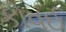
કોવઈ